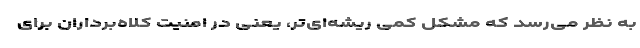
به نظر می‌رسد که مشکل کمی ریشه‌ای‌تر، یعنی در امنیت کلاه‌برداران برای